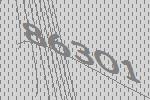
86301